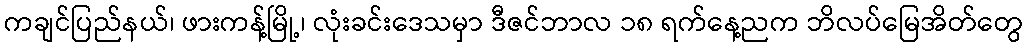
ကချင်ပြည်နယ်၊ ဖားကန့်မြို့၊ လုံးခင်းဒေသမှာ ဒီဇင်ဘာလ ၁၈ ရက်နေ့ညက ဘိလပ်မြေအိတ်တွေ